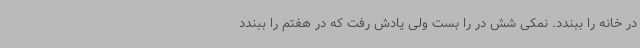
در خانه را ببندد. نمکی شش در را بست ولی یادش رفت که در هفتم را ببندد